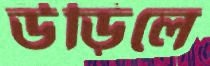
উড়িলে